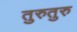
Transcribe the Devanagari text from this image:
तुरुतुरु